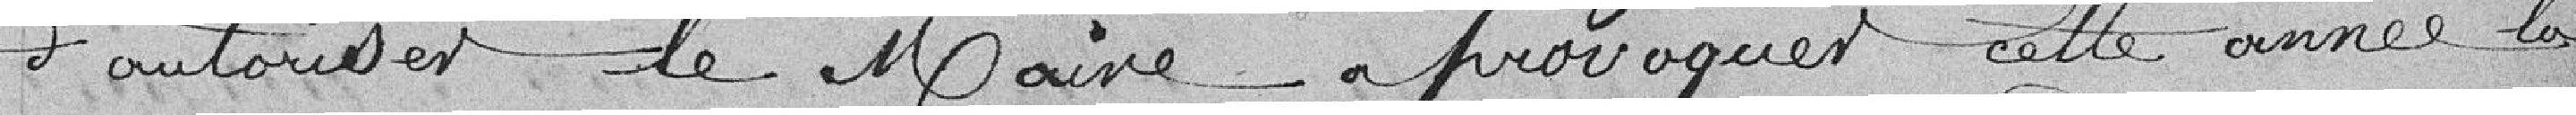
d'autoriser Monsieur le Maire à provoquer cette année la